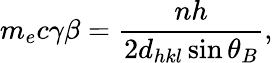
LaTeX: m_{e}c\gamma\beta=\frac{nh}{2d_{hkl}\sin\theta_{B}},